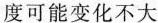
度可能变化不大